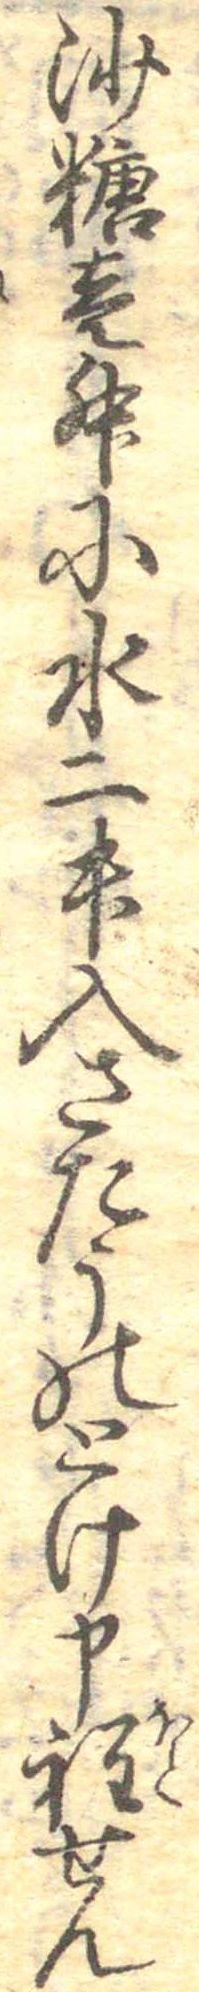
沙糖壱升に水二升入さたうのとけ申程せん